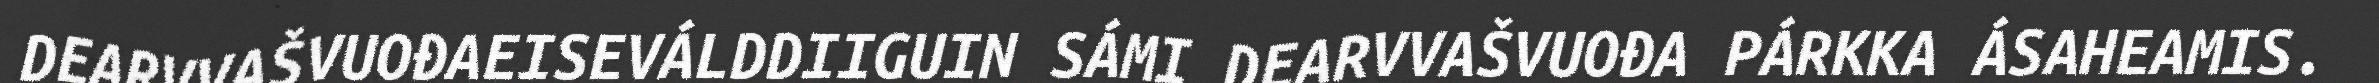
DEARVVAŠVUOĐAEISEVÁLDDIIGUIN SÁMI DEARVVAŠVUOĐA PÁRKKA ÁSAHEAMIS.